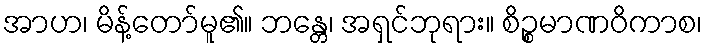
အာဟ၊ မိန့်တော်မူ၏။ ဘန္တေ၊ အရှင်ဘုရား။ စိဉ္စမာဏဝိကာစ၊